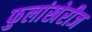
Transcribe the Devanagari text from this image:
फुलांखेरीज